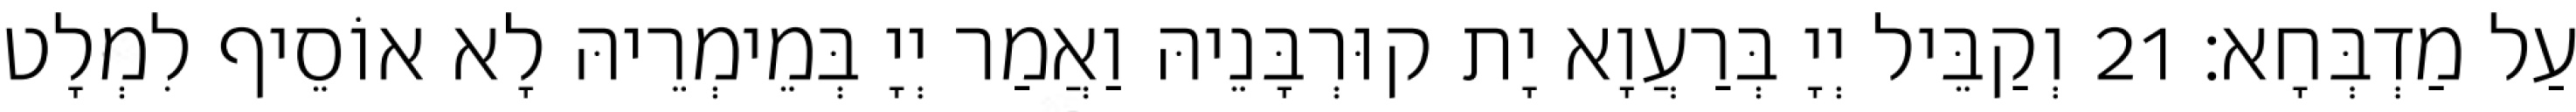
עַל מַדְבְּחָא׃ 21 וְקַבֵּיל יְיָ בְּרַעֲוָא יָת קוּרְבָּנֵיהּ וַאֲמַר יְיָ בְּמֵימְרֵיהּ לָא אוֹסֵיף לִמְלָט